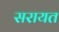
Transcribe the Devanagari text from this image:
सरायत